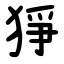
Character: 猙